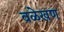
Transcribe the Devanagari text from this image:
वळेखण